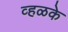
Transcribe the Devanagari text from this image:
व्हळके